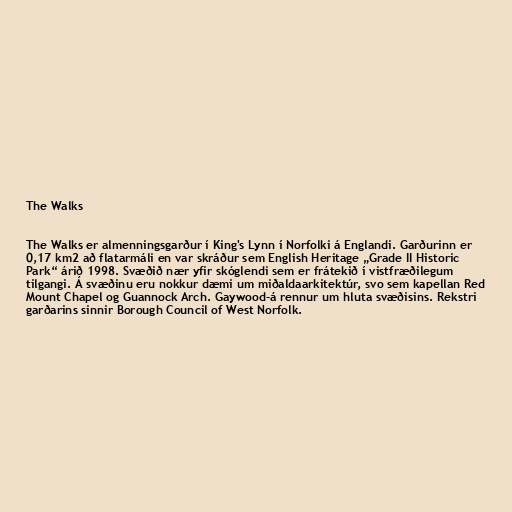
The Walks

The Walks er almenningsgarður í King's Lynn í Norfolki á Englandi. Garðurinn er
0,17 km2 að flatarmáli en var skráður sem English Heritage „Grade II Historic
Park“ árið 1998. Svæðið nær yfir skóglendi sem er frátekið í vistfræðilegum
tilgangi. Á svæðinu eru nokkur dæmi um miðaldaarkitektúr, svo sem kapellan Red
Mount Chapel og Guannock Arch. Gaywood-á rennur um hluta svæðisins. Rekstri
garðarins sinnir Borough Council of West Norfolk.